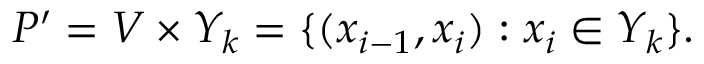
P ^ { \prime } = V \times Y _ { k } = \{ ( x _ { i - 1 } , x _ { i } ) : x _ { i } \in Y _ { k } \} .